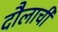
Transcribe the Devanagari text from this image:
दौलाची